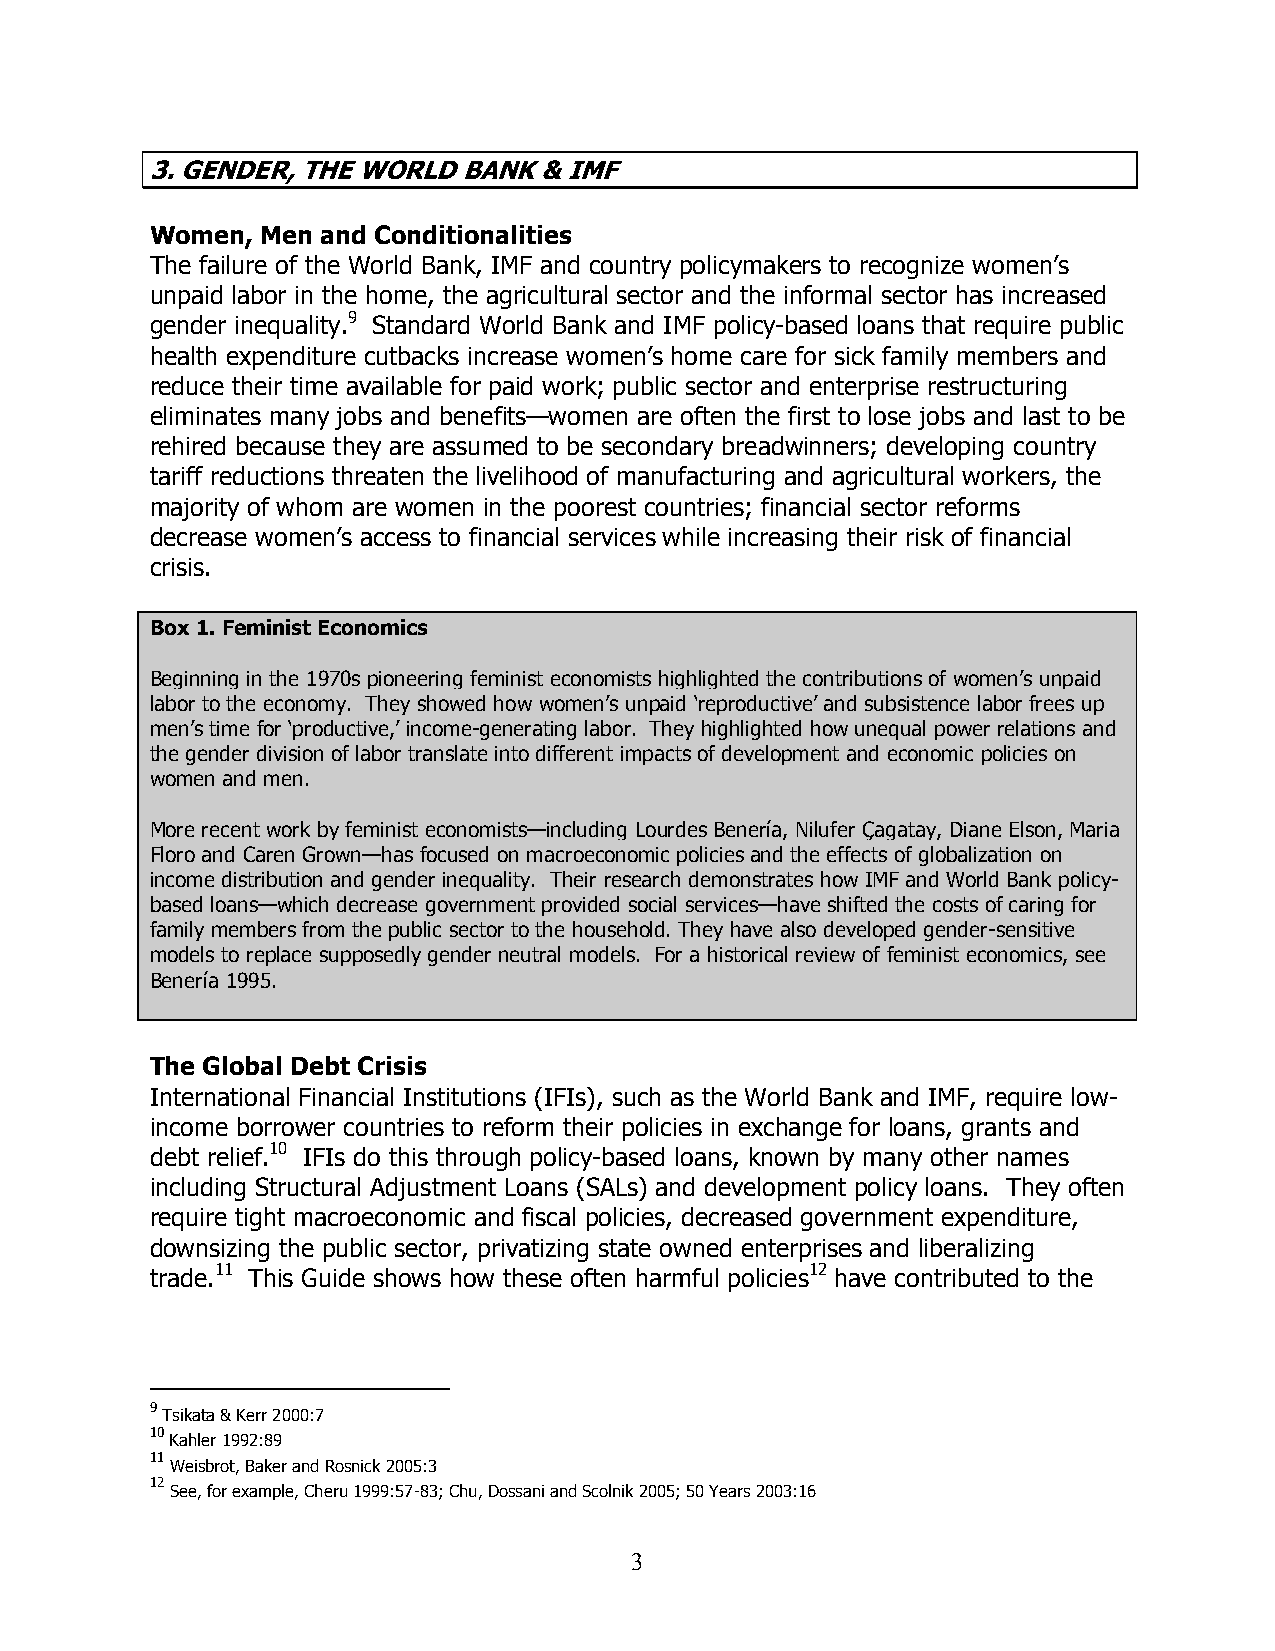
3. GENDER, THE WORLD BANK & IMF
 Women, Men and Conditionalities
 The failure of the World Bank, IMF and country policymakers to recognize women’s
 unpaid labor in the home, the agricultural sector and the informal sector has increased
 gender inequality.9 Standard World Bank and IMF policy-based loans that require public
 health expenditure cutbacks increase women’s home care for sick family members and
 reduce their time available for paid work; public sector and enterprise restructuring
 eliminates many jobs and benefits—women are often the first to lose jobs and last to be
 rehired because they are assumed to be secondary breadwinners; developing country
 tariff reductions threaten the livelihood of manufacturing and agricultural workers, the
 majority of whom are women in the poorest countries; financial sector reforms
 decrease women’s access to financial services while increasing their risk of financial
 crisis.
 Box 1. Feminist Economics
 Beginning in the 1970s pioneering feminist economists highlighted the contributions of women’s unpaid
 labor to the economy. They showed how women’s unpaid ‘reproductive’ and subsistence labor frees up
 men’s time for ‘productive,’ income-generating labor. They highlighted how unequal power relations and
 the gender division of labor translate into different impacts of development and economic policies on
 women and men.
 More recent work by feminist economists—including Lourdes Benería, Nilufer Çagatay, Diane Elson, Maria
 Floro and Caren Grown—has focused on macroeconomic policies and the effects of globalization on
 income distribution and gender inequality. Their research demonstrates how IMF and World Bank policy-
 based loans—which decrease government provided social services—have shifted the costs of caring for
 family members from the public sector to the household. They have also developed gender-sensitive
 models to replace supposedly gender neutral models. For a historical review of feminist economics, see
 Benería 1995.
 The Global Debt Crisis
 International Financial Institutions (IFIs), such as the World Bank and IMF, require low-
 income borrower countries to reform their policies in exchange for loans, grants and
 debt relief.10 IFIs do this through policy-based loans, known by many other names
 including Structural Adjustment Loans (SALs) and development policy loans. They often
 require tight macroeconomic and fiscal policies, decreased government expenditure,
 downsizing the public sector, privatizing state owned enterprises and liberalizing
 trade.11 This Guide shows how these often harmful policies12 have contributed to the
 9
 Tsikata & Kerr 2000:7
 10
 Kahler 1992:89
 11
 Weisbrot, Baker and Rosnick 2005:3
 12
 See, for example, Cheru 1999:57-83; Chu, Dossani and Scolnik 2005; 50 Years 2003:16
 3